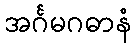
အင်္ဂမဂဓာနံ